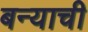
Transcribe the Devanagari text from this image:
बन्याची